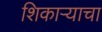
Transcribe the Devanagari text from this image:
शिकाऱ्याचा